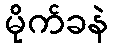
မိုက်ခနဲ